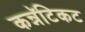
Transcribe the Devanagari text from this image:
कन्नॅटिकट